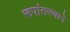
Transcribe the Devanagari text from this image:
रूपांतरणाने